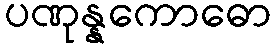
ပဏုန္နကောဓော